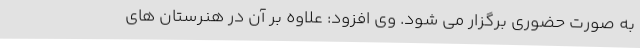
به صورت حضوری برگزار می شود. وی افزود: علاوه بر آن در هنرستان های